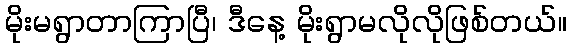
မိုးမရွာတာကြာပြီ၊ ဒီနေ့ မိုးရွာမလိုလိုဖြစ်တယ်။